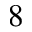
8